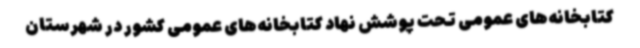
کتابخانه‌های عمومی تحت پوشش نهاد کتابخانه‌های عمومی کشور در شهرستان